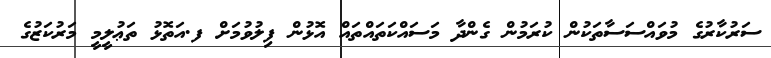
ސަރުކާރުގެ މުވައްސަސާތަކުން ކުރަމުން ގެންދާ މަސައްކަތައްތައް އޮޅުން ފިލުވުމަށް ފ.އަތޮޅު ތަޢުލީމީ މަރުކަޒުގެ